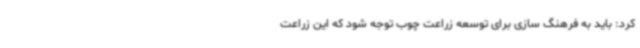
کرد: باید به فرهنگ سازی برای توسعه زراعت چوب توجه شود که این زراعت